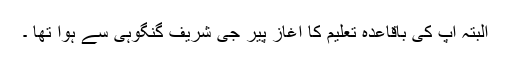
البتہ آپ کی باقاعدہ تعلیم کا آغاز پیر جی شریف گنگوہی سے ہوا تھا ۔